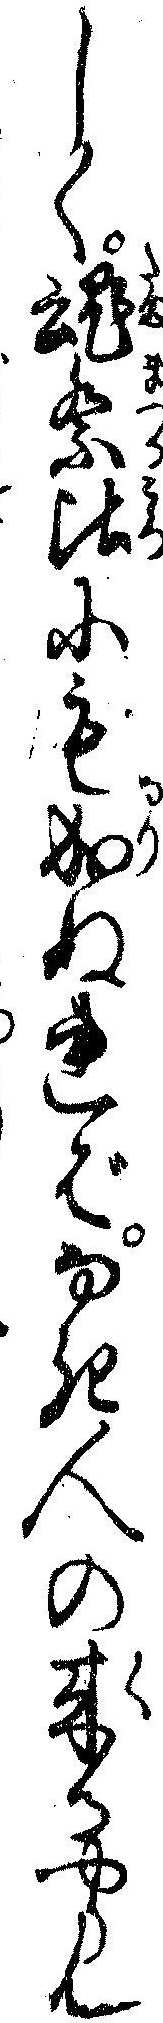
しく魂祭比にも成ぬればなき人の来るやらん